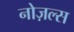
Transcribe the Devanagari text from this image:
नोज़ल्स